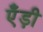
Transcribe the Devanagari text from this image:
एँड़ी